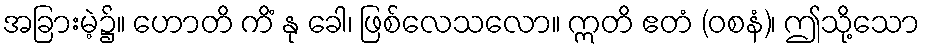
အခြားမဲ့၌။ ဟောတိ ကိံ နု ခေါ၊ ဖြစ်လေသလော။ ဣတိ ဧတံ (ဝစနံ)၊ ဤသို့သော